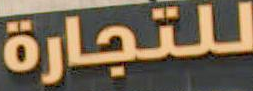
للتجارة